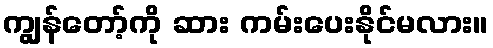
ကျွန်တော့်ကို ဆား ကမ်းပေးနိုင်မလား။